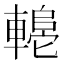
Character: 𬧼